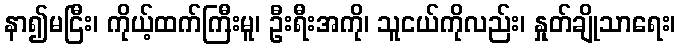
နာ၍မငြီး၊ ကိုယ့်ထက်ကြီးမူ၊ ဦးရီးအကို၊ သူငယ်ကိုလည်း၊ နှုတ်ချိုသာရေး၊